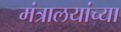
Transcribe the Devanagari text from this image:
मंत्रालयांच्या